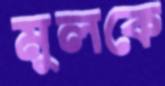
মুলকে